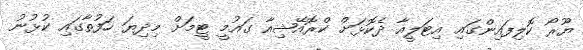
ޔޫރޯ ކޮލިފައިންގައި އިޓަލީއާ ދެކޮޅަށް ކްރޮއޭޝިއާ ގައުމީ ޓީމަށް މިދިޔަ ހަފުތާގައި ކުޅުނު